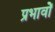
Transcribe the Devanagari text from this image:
प्रभावोें